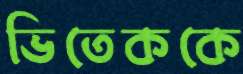
ভিতেককে